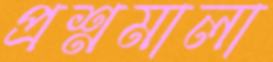
প্রশ্নমালা